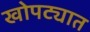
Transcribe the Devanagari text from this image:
खोपट्यात